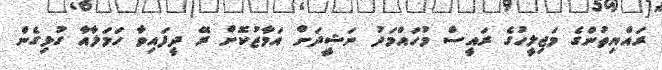
ރައްޔިތުންގެ މަޖިލީހުގެ ރައީސް މުހައްމަދު ނަޝީދަށް އަމާޒުކޮށް ރޭ ދީފައިވާ ހަމަލާއާ ގުޅިގެން